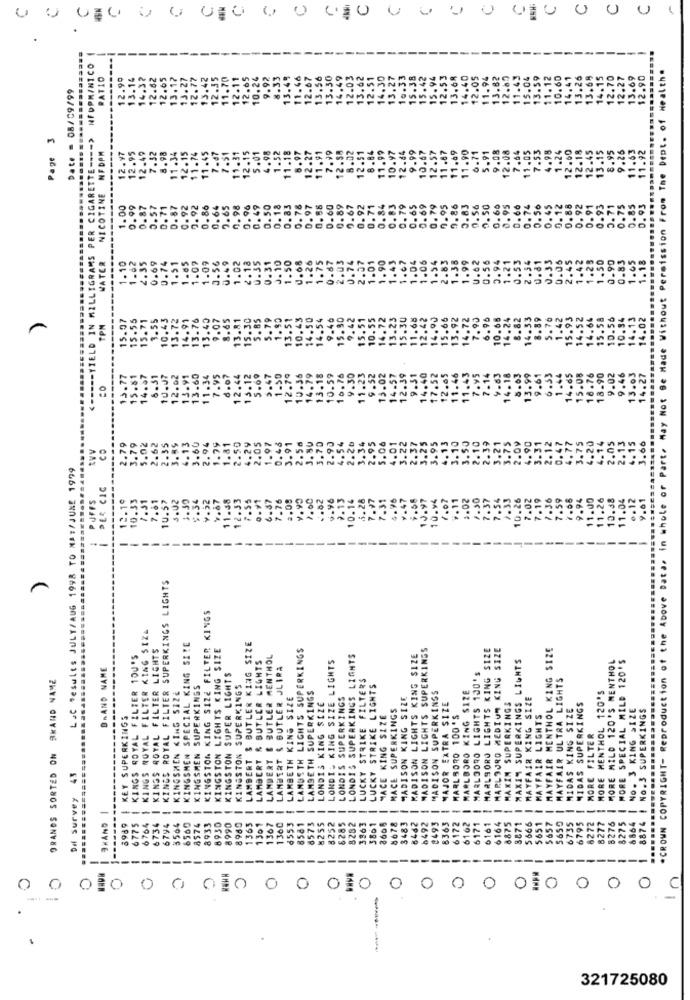
-
--
NFDPMINICO
*CROWN COPYRIGHT- Reproduction of the Above Data, in whole or Part. May Not Be Made Without Permission From The Dept. of Health.
RATIO
------
12.99
13.14
14.37
12.62
12.65
13.17
13.27
12.77
13.42
12.35
11.70
12.11
12.65
10.24
9.92
8.33
13.45
11.46
13.56
.50
12.03
13.62
5.94
12.53
13.68
14.40
12.05
13.82
12.89
11.43
15.04
13.59
11.12
10.60
14.41
13.26
13.68
70
2.27
3.69
12.90
Date = 08/09/99
12.62
12.5
10.3:
15.3
11.9
14.
Page 3
ILLIGRAMS PER CIGARETTE ---- >
12.97
12.49
7.32
8.98
11.34
12.15
1.74
11.45
7.47
.15
.01
1.52
11.18
8.97
12.27
9.99
10.67
11.90
6.71
5.91
12.08
7.64
11.05
7.53
4.98
1.24
12.60
12.18
12.45
13.15
8.95
9.26
11.63
11.92
MFDPM
------
12.95
11.91
8.8
11.87
.69
9.0
12.
12.
12.
NICOTINE
1.00
0.99
0.87
0.57
0.71
D. 87
0.92
7.92
0.86
0.64
7.65
0.98
0.96
0.49
0.50
0.18
0.83
0.78
0.97
0.88
0.60
0.89
9.67
0.92
0.71
0.84
0.83
0.79
0.65
0.69
0.79
0.95
9.86
0.83
0.56
0.66
0.95
0.66
0.74
0.56
0.45
0.12
0.88
0.92
0.91
0.93
0.71
0.75
0.85
0. 93
---------.
1.62
2.35
1.51
1.85
1.07
1.09
0.56
J. 49
1.02
2.18
0.31
1.50
1.26
1.75
0.87
2.03
2.07
1.01
1.90
1.43
1.67
1.04
1.06
1.54
2.83
1.38
1.99
U.62
0.56
0.94
1.21
0.53
2.34
0.81
0.33
0.05
2.45
1.42
1.25
1.50
0.90
0.83
1.65
MATE
1.10
0.69
0.74
0.35
J. 10
U.68
0.74
1.18
15.07
15.55
13.72
14.91
13.76
13.40
9.07
8.65
13.81
15.30
5.85
5.79
1. 30
13.51
10.43
14.50
14.54
9.40
15.30
9.42
15.51
10.55
14.72
13.23
15.30
11.65
12.42
14.90
15.66
13.92
14.72
7.90
6.96
10.65
14.24
8.82
14.33
8.89
5.76
1.42
15.93
14.52
14.64
15.58
10.56
10.94
4.02
PN
11.23
9.52
13.02
12.39
9.51
14.40
17.52
12.65
11.46
7.95
7.14
14.18
3.77
15.81
4.47
6.31
12.02
15.91
13.60
11.34
7.95
6.07
12.44
15.12
5.69
5.47
.1.50
12.79
10.36
14.79
13.18
10.59
10.76
9.30
14.57
11.43
9.63
8.03
13.99
9.61
6.33
1.44
14.65
15.08
16.76
18.90
9.02
9.46
13.03
14.27
:0
13
.60
.94
50
29
2.05
1.97
0.46
.91
70
.90
.54
.34
.95
.06
4.01
.22
2.37
3.25
3.95
.13
3.10
3.50
2.10
2.39
3.75
2.09
4.90
3.31
2.12
0.47
4.77
3.75
4.20
4.14
2.05
4.15
3.66
co
.02
.62
3.21
2.11
Lac Results JULY/AUG 1998 TO NA:/JUNE 1999
i DER CIC
PUFFS
10.33
7.31
7.61
10.57
3.02
$.34
v.32
.87
11.58
12.33
7.55
6.37
7.76
1.99
2.00
10.14
5.28
7.31
.96
-47
10.97
.11
1.02
.30
.37
.54
.33
10.26
7.02
7.19
7.36
7.59
7.68
9.94
11.00
11.26
10.38
11.04
.. 12
9.61
..........
12.1º
1.50
2.1
-
KINGS ROYAL FILTER SUPERKINGS LIGHTS
KINGSTON KING SIZE FILTER KINGS
KINGS ROYAL FILTER KING SIZE
KINGS ROYAL FILTER LIGHTS
KINGSMEN SPECIAL KING SIZE
KINGSTON LIGHTS KING SIZE
LAMBERT & BUTLER KING SIZE
LAMBETH LIGHTS SUPERKINGS
MADISON LIGHTS SUPERKINGS
MARLBORO LIGHTS KING SIZE
MARL9JRO MEDIUM KING SIZE
MAYFAIR MENTHOL KING SIZE
KINGS ROYAL FILTER 100'S
LAMBERT & BUTLER MENTHOL
LONDIS KING SIZE LIGHTS
LONDIS SUPERKINGS LIGHTS
MADISON LIGHTS KING SIZE
MAXIM SUPERKINGS LIGHTS
MORE MILD 120'S MENTHOL
MORE SPECIAL MILD 120'S
BRAND NAME
LAMBERT & BUTLER LIGHTS
LAMBERT & BUTLER JLIRA
GRANDS SORTED ON RKAND NAME
SUPER LIGHTS
LUCKY STRIKE FILTERS
MARLBORO LIGHTS 100's
MAYFAIR ULTRA LIGHTS
KINGSMEN SUPERKINGS
KINGSTON SUPERKINGS
LUCKY STRIKE LIGHTS
MARLBORO KING SIZE
MORE MENTHOL 120'S
KINGSMEN KING SIZE
I LAMBETH KING SIZE
LAMBETH SUPERKINGS
LONDIS KING SIZE
LONDIS SUPERKINGS
MADISON KING SIZE
MADISON SUPERKINGS
MAYFAIR KING SIZE
MACE SUPERKINGS
MAJOR EXTRA SIZE
MAXIM SUPERKINGS
MIDAS KING SIZE
MIDAS SUPERKINGS
No. 3 KING SIZE
8874 | No.3 SUPERKINGS
KEY SUPERKINGS
MACE KING SIZE
MARLBORO 100'S
MAYFAIR LIGHTS
MORE FILTER
KINGSTON
LAMBERT
43
Dif Survey
6794 !
3564 |
HAND
-
6775
-
6734
-
-
-
---
6172
----
6164
---
6875
5666
-
5657
-
-
--
8864
......
8560
8574
8933
8930
8990
8989
1301
1360
₫553
6581
8252
6285
3863
8608
3483
6492
8363
6162
6171
6161
8871
5651
8272
8277
8276
8275
-----
-
-
---
0
0 0
0
321725080